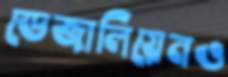
ডেজালিয়েনও